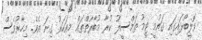
ވޮލީބޯޅައިގައި ގައުމީ ޓީމު ތަމްސީލު ކުރާ މުބާރާތްތައް މިއަހަރު ގިނަ އެވެ. މިހާރުވެސް